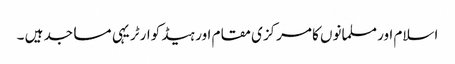
اسلام اور مسلمانوں کا مرکزی مقام اور ہیڈ کوارٹر یہی مساجد ہیں ۔